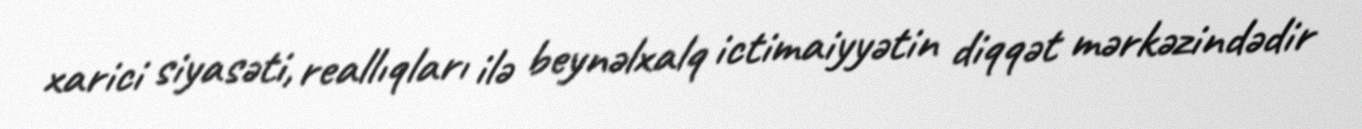
xarici siyasəti, reallıqları ilə beynəlxalq ictimaiyyətin diqqət mərkəzindədir